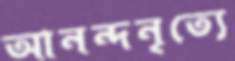
আনন্দনৃত্যে